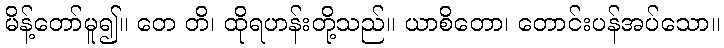
မိန့်တော်မူ၍။ တေ တိ၊ ထိုရဟန်းတို့သည်။ ယာစိတော၊ တောင်းပန်အပ်သော။